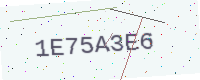
Text: 1E75A3E6